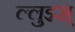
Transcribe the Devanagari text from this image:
ल्लुइस्